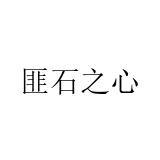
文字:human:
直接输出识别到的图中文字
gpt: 匪石之心